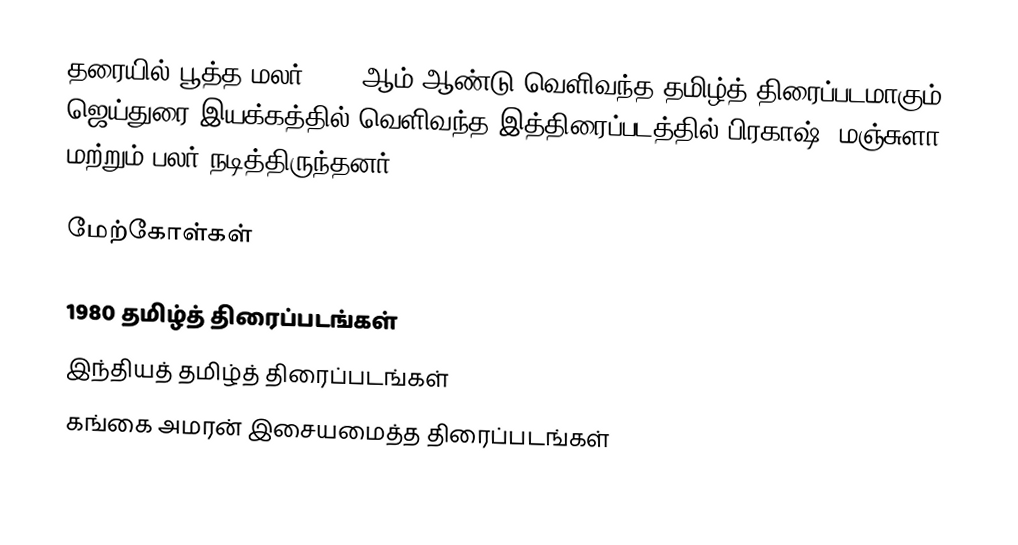
தரையில் பூத்த மலர் 1980 ஆம் ஆண்டு வெளிவந்த தமிழ்த் திரைப்படமாகும். ஜெய்துரை இயக்கத்தில் வெளிவந்த இத்திரைப்படத்தில் பிரகாஷ், மஞ்சுளா மற்றும் பலர் நடித்திருந்தனர்.

மேற்கோள்கள்

1980 தமிழ்த் திரைப்படங்கள்
இந்தியத் தமிழ்த் திரைப்படங்கள்
கங்கை அமரன் இசையமைத்த திரைப்படங்கள்